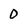
Character: 0